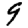
Digit: 9